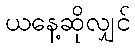
ယနေ့ဆိုလျှင်